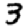
Digit: 3